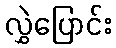
လွှဲပြောင်း